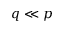
q \ll p